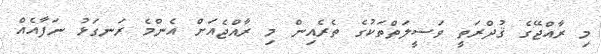
މި ރާއްޖޭގެ ޤުދްރަތީ ވަސީލަތްތަކުގެ ތެރެއިން މި ރާއްޖެއަށް އެންމެ ރަނގަޅު ނަފާއެއް